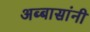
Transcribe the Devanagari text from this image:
अब्बासांनी